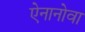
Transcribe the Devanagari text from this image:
ऐनानोवा